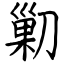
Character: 𠞰